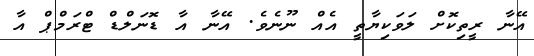
އޭނާ ރީތިކޮށް ލަވަކިޔާތީ އެއް ނޫނެވެ. އޭނާ އާ ޑޮނަލްޑް ޓްރަމްޕް އާ